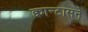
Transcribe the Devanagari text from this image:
क्वान्टासने